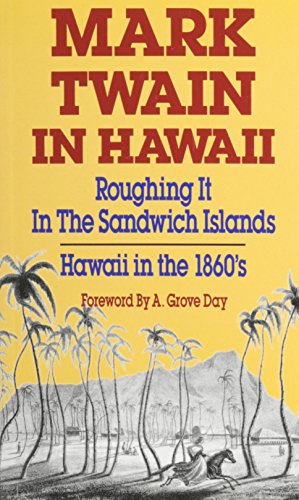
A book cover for Mark Twain in Hawaii: Roughing It in the Sandwich Islands, Hawaii in the 1860's; Mark Twain; Travel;